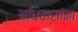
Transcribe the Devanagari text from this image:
अधिवासांना